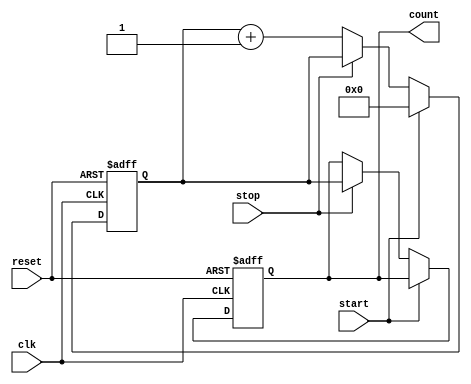
module TDC (
    input wire clk,          // Clock signal
    input wire reset,        // Asynchronous reset
    input wire start,        // Start signal
    input wire stop,         // Stop signal
    output reg [N-1:0] count // Output register for the count
);
    parameter N = 8;         // Number of bits for the counter (number of delay stages)
    parameter DELAY_STAGES = 16; // Number of delay stages in the delay line
    reg [N-1:0] counter;     // Counter to count the clock cycles
    reg [DELAY_STAGES-1:0] delay_line; // Delay line

    // Generate delay line using a simple shift register implementation
    always @(posedge clk or posedge reset) begin
        if (reset) begin
            delay_line <= 0;
        end else begin
            delay_line <= {delay_line[DELAY_STAGES-2:0], 1'b1}; // Shift in new signal
        end
    end

    // Counter Logic
    always @(posedge clk or posedge reset) begin
        if (reset) begin
            counter <= 0; // Reset counter
            count <= 0;   // Reset output register
        end else if (start) begin
            counter <= 0; // Reset counter on start
        end else if (stop) begin
            count <= counter; // Capture counter value on stop
        end else begin
            counter <= counter + 1; // Increment counter
        end
    end

    // Capture the delay line state when stop signal is received
    always @(posedge stop) begin
        // Here we could sample the delay line state if needed,
        // but in this simple implementation we're just capturing the counter value.
    end

endmodule